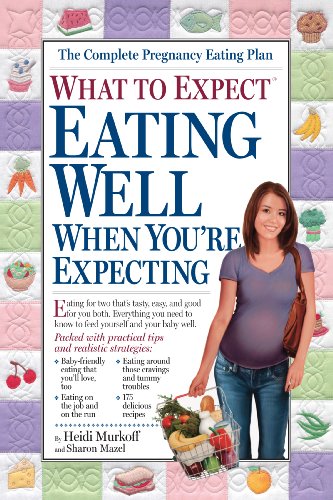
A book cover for What to Expect: Eating Well When You're Expecting; Heidi Murkoff; Parenting & Relationships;